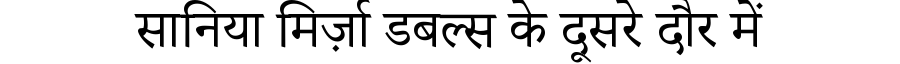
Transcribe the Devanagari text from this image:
सानिया मिर्ज़ा डबल्स के दूसरे दौर में